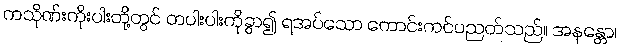
ကသိုဏ်းကိုးပါးတို့တွင် တပါးပါးကိုခွာ၍ ရအပ်သော ကောင်းကင်ပညတ်သည်။ အနန္တော၊